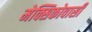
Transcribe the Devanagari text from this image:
मेक्सिकोवासी